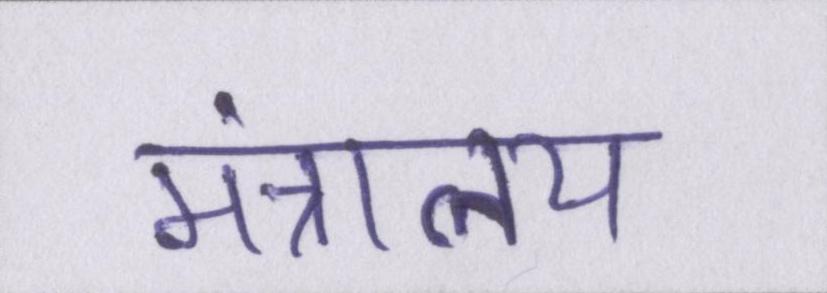
मंत्रालय